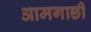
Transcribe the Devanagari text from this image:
आमगाछी